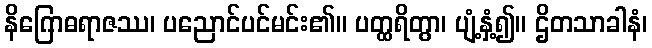
နိဂြောဓရာဇဿ၊ ပညောင်ပင်မင်း၏။ ပတ္ထရိတွာ၊ ပျံ့နှံ့၍။ ဌိတသာခါနံ၊